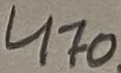
Text: 470